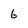
Character: 6